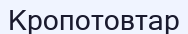
Кропотовтар